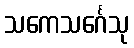
သကေသင်္ဂေသု